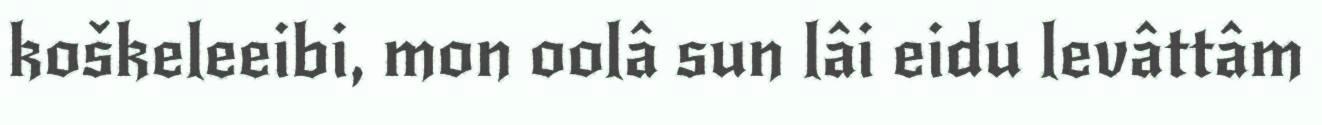
koškeleeibi, mon oolâ sun lâi eidu levâttâm